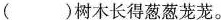
( )树木长得葱葱茏茏。